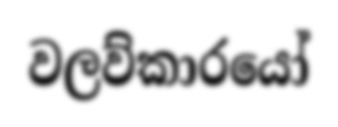
වලව්කාරයෝ